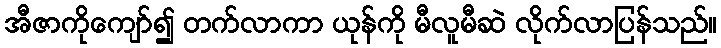
အီဇာကိုကျော်၍ တက်လာကာ ယုန်ကို မီလူမီဆဲ လိုက်လာပြန်သည်။